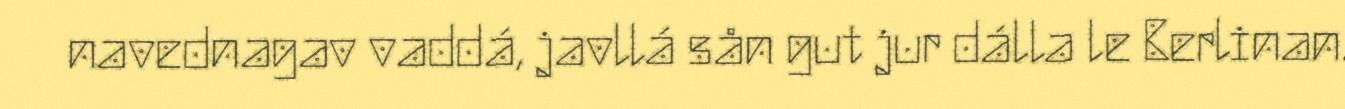
navednagav vaddá, javllá sån gut jur dálla le Berlinan.